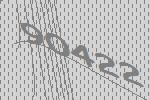
90422